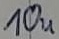
Text: 10u